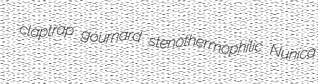
claptrap gournard stenothermophilic Nunica